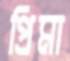
প্রিমা